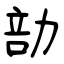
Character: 勏